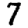
Digit: 7